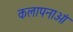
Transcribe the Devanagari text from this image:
कलापनाओं